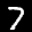
Digit: 7